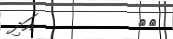
١٩         އަދި